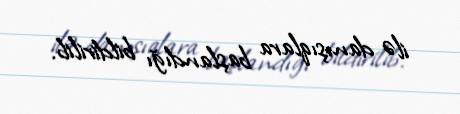
ilə danışıqlara başlandığı bildirilib.